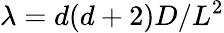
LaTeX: \lambda=d(d+2)D/L^{2}